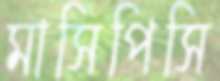
মাসিপিসি